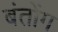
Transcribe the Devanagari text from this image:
बंतोंग